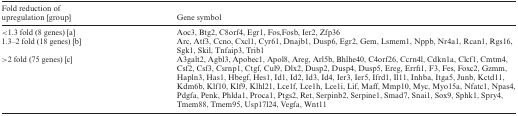
<table><thead><tr><td><b>Fold reduction of upregulation [group]</b></td><td><b>Gene symbol</b></td></tr></thead><tbody><tr><td>&lt;1.3 fold (8 genes) [a]</td><td>Aoc3, Btg2, C8orf4, Egr1, Fos,Fosb, Ier2, Zfp36</td></tr><tr><td>1.3–2 fold (18 genes) [b]</td><td>Arc, Atf3, Ccno, Cxcl1, Cyr61, Dnajb1, Dusp6, Egr2, Gem, Lsmem1, Nppb, Nr4a1, Rcan1, Rgs16, Sgk1, Skil, Tnfaip3, Trib1</td></tr><tr><td>&gt;2 fold (75 genes) [c]</td><td>A3galt2, Agbl3, Apobec1, Apol8, Areg, Arl5b, Bhlhe40, C4orf26, Ccrn4l, Cdkn1a, Clcf1, Cmtm4, Csf2, Csf3, Csrnp1, Ctgf, Cul9, Dlx2, Dusp2, Dusp4, Dusp5, Ereg, Errfi1, F3, Fes, Foxc2, Gzmm, Hapln3, Has1, Hbegf, Hes1, Id1, Id2, Id3, Id4, Ier3, Ier5, Ifrd1, Il11, Inhba, Itga5, Junb, Kctd11, Kdm6b, Klf10, Klf9, Klhl21, Lce1f, Lce1h, Lce1i, Lif, Maff, Mmp10, Myc, Myo15a, Nfatc1, Npas4, Pdgfa, Penk, Phlda1, Proca1, Ptgs2, Ret, Serpinb2, Serpine1, Smad7, Snai1, Sox9, Sphk1, Spry4, Tmem88, Tmem95, Usp17l24, Vegfa, Wnt11</td></tr></tbody></table>